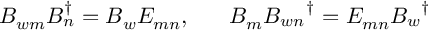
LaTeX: B _ { w m } B _ { n } ^ { \dagger } = B _ { w } E _ { m n } , \; \; \; \; \; \; B _ { m } B _ { w n } ^ { \; \; \; \; \; \; \dagger } = E _ { m n } B _ { w } ^ { \; \; \; \dagger }